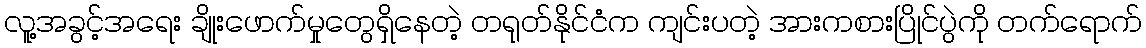
လူ့အခွင့်အရေး ချိုးဖောက်မှုတွေရှိနေတဲ့ တရုတ်နိုင်ငံက ကျင်းပတဲ့ အားကစားပြိုင်ပွဲကို တက်ရောက်